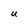
Character: U